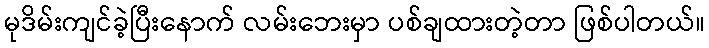
မုဒိမ်းကျင်ခဲ့ပြီးနောက် လမ်းဘေးမှာ ပစ်ချထားတဲ့တာ ဖြစ်ပါတယ်။